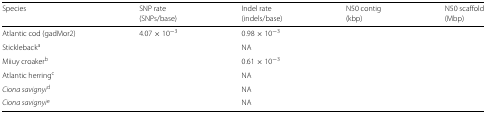
<table><thead><tr><td><b>Species</b></td><td><b>SNP rate</b></td><td><b>Indel rate</b></td><td><b>N50 contig</b></td><td><b>N50 scaffold</b></td></tr><tr><td>[EMPTY_CELL]</td><td><b>(SNPs/base)</b></td><td><b>(indels/base)</b></td><td><b>(kbp)</b></td><td><b>(Mbp)</b></td></tr></thead><tbody><tr><td>Atlantic cod (gadMor2)</td><td>4.07 × 10 <sup>−3</sup></td><td>0.98 × 10 <sup>−3</sup></td><td>[EMPTY_CELL]</td><td>[EMPTY_CELL]</td></tr><tr><td>Stickleback<sup>a</sup></td><td>[EMPTY_CELL]</td><td>NA</td><td>[EMPTY_CELL]</td><td>[EMPTY_CELL]</td></tr><tr><td>Miiuy croaker<sup>b</sup></td><td>[EMPTY_CELL]</td><td>0.61 × 10 <sup>−3</sup></td><td>[EMPTY_CELL]</td><td>[EMPTY_CELL]</td></tr><tr><td>Atlantic herring<sup>c</sup></td><td>[EMPTY_CELL]</td><td>NA</td><td>[EMPTY_CELL]</td><td>[EMPTY_CELL]</td></tr><tr><td><i>Ciona savignyi</i><sup>d</sup></td><td>[EMPTY_CELL]</td><td>NA</td><td>[EMPTY_CELL]</td><td>[EMPTY_CELL]</td></tr><tr><td><i>Ciona savignyi</i><sup>e</sup></td><td>[EMPTY_CELL]</td><td>NA</td><td>[EMPTY_CELL]</td><td>[EMPTY_CELL]</td></tr></tbody></table>